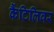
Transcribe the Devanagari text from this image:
कैंटिलिवर